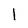
Character: 1